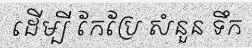
ដើម្បី កែប្រែ សំនួន ទឹក